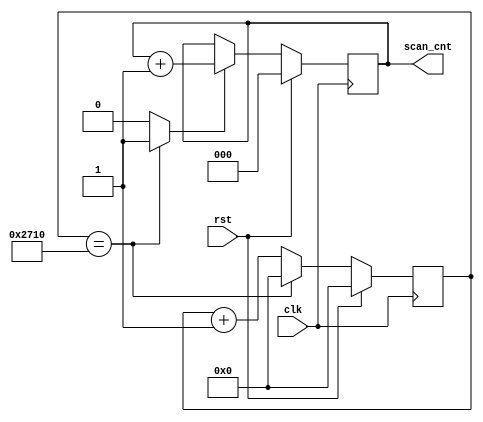
`timescale 1ns / 1ps
//////////////////////////////////////////////////////////////////////////////////
// Company: 
// Engineer: 
// 
// Design Name: 
// Module Name: counter
// Project Name: 
// Target Devices: 
// Tool Versions: 
// Description: 
// 
// Dependencies: 
// 
// Revision:
// Revision 0.01 - File Created
// Additional Comments:
// 
//////////////////////////////////////////////////////////////////////////////////


module counter(
	input clk, rst,
	output reg [2:0] scan_cnt
	);

	reg [17:0] cnt;
	// reg [2:0] scan_cnt;

	wire pulse;

	always @(posedge clk) begin
		if (rst) begin
			cnt <= 18'h0;
		end
		else if (cnt == 18'd10000) begin
			cnt <= 18'b0;
		end
		else begin
			cnt <= cnt + 18'b1;
		end
	end

	assign pulse = (cnt == 18'd10000) ? 1'b1 : 1'b0;

	always @(posedge clk) begin
		if (rst) begin
			scan_cnt <= 3'b0;
		end
		else if (pulse) begin
			scan_cnt <= scan_cnt + 3'b1;
		end
	end
endmodule